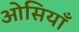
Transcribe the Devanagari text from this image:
ओसियाँ